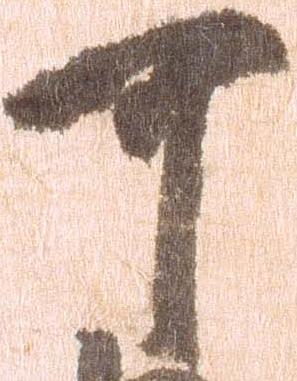
可